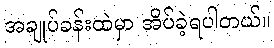
အချုပ်ခန်းထဲမှာ အိပ်ခဲ့ရပါတယ်။